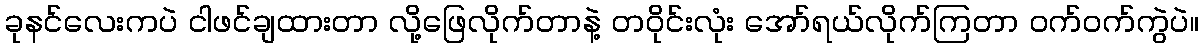
ခုနင်လေးကပဲ ငါဖင်ချထားတာ လို့ဖြေလိုက်တာနဲ့ တဝိုင်းလုံး အော်ရယ်လိုက်ကြတာ ဝက်ဝက်ကွဲပဲ။